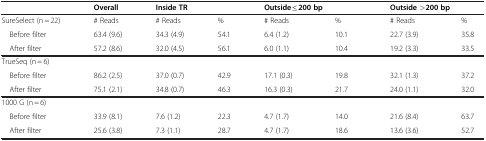
<table><thead><tr><td><b> </b></td><td><b>Overall</b></td><td colspan="2"><b>Inside TR</b></td><td colspan="2"><b>Outside ≤ 200 bp</b></td><td colspan="2"><b>Outside &gt;200 bp</b></td></tr></thead><tbody><tr><td>SureSelect (n = 22)</td><td># Reads</td><td># Reads</td><td>%</td><td># Reads</td><td>%</td><td># Reads</td><td>%</td></tr><tr><td> Before filter</td><td>63.4 (9.6)</td><td>34.3 (4.9)</td><td>54.1</td><td>6.4 (1.2)</td><td>10.1</td><td>22.7 (3.9)</td><td>35.8</td></tr><tr><td> After filter</td><td>57.2 (8.6)</td><td>32.0 (4.5)</td><td>56.1</td><td>6.0 (1.1)</td><td>10.4</td><td>19.2 (3.3)</td><td>33.5</td></tr><tr><td colspan="8">TrueSeq (n = 6)</td></tr><tr><td> Before filter</td><td>86.2 (2.5)</td><td>37.0 (0.7)</td><td>42.9</td><td>17.1 (0.3)</td><td>19.8</td><td>32.1 (1.3)</td><td>37.2</td></tr><tr><td> After filter</td><td>75.1 (2.1)</td><td>34.8 (0.7)</td><td>46.3</td><td>16.3 (0.3)</td><td>21.7</td><td>24.0 (1.1)</td><td>32.0</td></tr><tr><td colspan="8">1000 G (n = 6)</td></tr><tr><td> Before filter</td><td>33.9 (8.1)</td><td>7.6 (1.2)</td><td>22.3</td><td>4.7 (1.7)</td><td>14.0</td><td>21.6 (8.4)</td><td>63.7</td></tr><tr><td> After filter</td><td>25.6 (3.8)</td><td>7.3 (1.1)</td><td>28.7</td><td>4.7 (1.7)</td><td>18.6</td><td>13.6 (3.6)</td><td>52.7</td></tr></tbody></table>